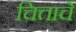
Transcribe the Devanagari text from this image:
चित्ताचे